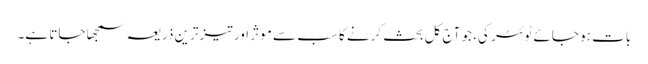
بات ہو جائے ٹوئٹر کی، جو آج کل بحث کرنے کا سب سے موثر اور تیز ترین ذریعہ سمجھا جاتا ہے۔